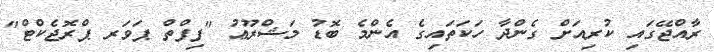
ރާއްޖޭގައި ކުރިއަށް ގެންދާ ހަކަތައިގެ އެންމެ ބޮޑު މަޝްރޫޢު "ފިފްތް ޕަވަރ ޕްރޮޖެކްޓް"